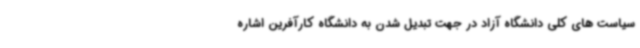
سیاست های کلی دانشگاه آزاد در جهت تبدیل شدن به دانشگاه کارآفرین اشاره